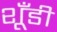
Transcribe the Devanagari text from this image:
शूँडी